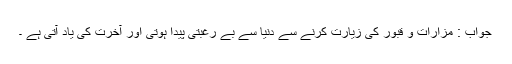
جواب : مزارات و قبور کی زیارت کرنے سے دنیا سے بے رغبتی پیدا ہوتی اور آخرت کی یاد آتی ہے ۔